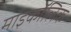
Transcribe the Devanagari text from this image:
माइकॉलिक